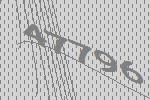
47796